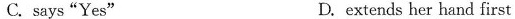
C. says "Yes" D. extends her hand first